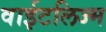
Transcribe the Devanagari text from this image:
वाईटलिज्म